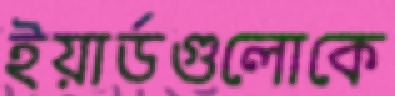
ইয়ার্ডগুলোকে